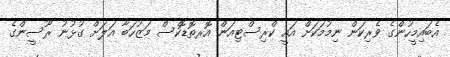
އެބައިމީހުންގެ ވެރިކަން ނިމުމަކަށް އައީ ކްރިސްޓިއަން އޮރތޮޑޮކްސް މަޒުހަބާ އަލަށް ގުޅުނު ރޫސީންގެ